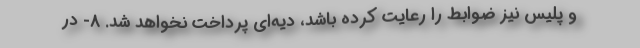
و پلیس نیز ضوابط را رعایت کرده باشد، دیه‌ای پرداخت نخواهد شد. ۸- در